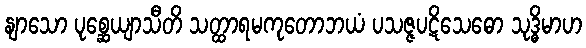
နျာသော ပုစ္ဆေယျာသီတိ သတ္ထာရမကုတောဘယံ ပသဇ္ဇပဋိသေဓော သုဒ္ဓိမာဟ